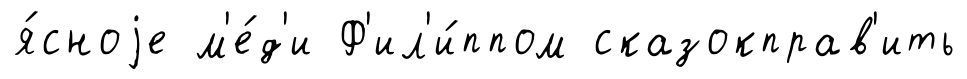
я́сноjе м'е́д'и Ф'ил'и́ппом сказокправ'ить